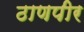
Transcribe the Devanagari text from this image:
ठाणपीर